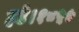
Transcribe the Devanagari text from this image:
हटे।१८५७